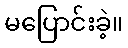
မပြောင်းခဲ့။